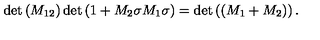
\det \left( M _ { 1 2 } \right) \det \left( 1 + M _ { 2 } \sigma M _ { 1 } \sigma \right) = \det \left( \left( M _ { 1 } + M _ { 2 } \right) \right) .